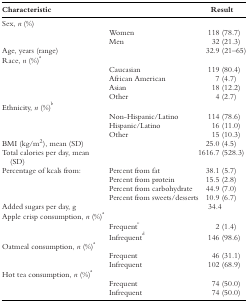
<table><thead><tr><td><b>Characteristic</b></td><td></td><td><b>Result</b></td></tr></thead><tbody><tr><td>Sex, <i>n</i> (%)</td><td></td><td></td></tr><tr><td></td><td>Women</td><td>118 (78.7)</td></tr><tr><td></td><td>Men</td><td>32 (21.3)</td></tr><tr><td>Age, years (range)</td><td></td><td>32.9 (21–65)</td></tr><tr><td>Race, <i>n</i> (%)<sup>a</sup></td><td></td><td></td></tr><tr><td></td><td>Caucasian</td><td>119 (80.4)</td></tr><tr><td></td><td>African American</td><td>7 (4.7)</td></tr><tr><td></td><td>Asian</td><td>18 (12.2)</td></tr><tr><td></td><td>Other</td><td>4 (2.7)</td></tr><tr><td>Ethnicity, <i>n</i> (%)<sup>b</sup></td><td></td><td></td></tr><tr><td></td><td>Non‐Hispanic/Latino</td><td>114 (78.6)</td></tr><tr><td></td><td>Hispanic/Latino</td><td>16 (11.0)</td></tr><tr><td></td><td>Other</td><td>15 (10.3)</td></tr><tr><td>BMI (kg/m<sup>2</sup>), mean (SD)</td><td></td><td>25.0 (4.5)</td></tr><tr><td>Total calories per day, mean (SD)</td><td></td><td>1616.7 (528.3)</td></tr><tr><td>Percentage of kcals from:</td><td>Percent from fat</td><td>38.1 (5.7)</td></tr><tr><td></td><td>Percent from protein</td><td>15.5 (2.8)</td></tr><tr><td></td><td>Percent from carbohydrate</td><td>44.9 (7.0)</td></tr><tr><td></td><td>Percent from sweets/desserts</td><td>10.9 (6.7)</td></tr><tr><td>Added sugars per day, g</td><td></td><td>34.4</td></tr><tr><td>Apple crisp consumption, <i>n</i> (%)<sup>a</sup></td><td></td><td></td></tr><tr><td></td><td>Frequent<sup>c</sup></td><td>2 (1.4)</td></tr><tr><td></td><td>Infrequent<sup>d</sup></td><td>146 (98.6)</td></tr><tr><td>Oatmeal consumption, <i>n</i> (%)<sup>a</sup></td><td></td><td></td></tr><tr><td></td><td>Frequent</td><td>46 (31.1)</td></tr><tr><td></td><td>Infrequent</td><td>102 (68.9)</td></tr><tr><td>Hot tea consumption, <i>n</i> (%)<sup>a</sup></td><td></td><td></td></tr><tr><td></td><td>Frequent</td><td>74 (50.0)</td></tr><tr><td></td><td>Infrequent</td><td>74 (50.0)</td></tr></tbody></table>